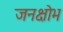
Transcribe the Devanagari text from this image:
जनक्षोभ